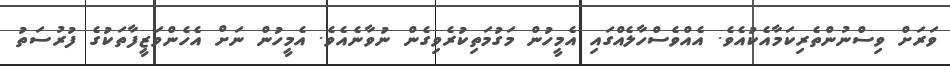
ވަރަށް ވިސްނުންތެރިކަމާއެކުއެވެ. އެއްވެސްހާލެއްގައި އެމީހުން މަގުމަތިކުރެވިގެން ނުވާނެއެވެ. އެމީހުން ނަށް އެހެންވަޒީފާތަކުގެ ފުރުސަތު